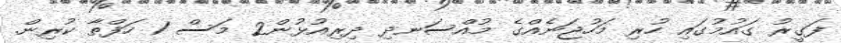
ފަގީރު ގައުމުގައި ހުރި މަހުޖަނެއްގެ މުއްސަނދި ދިރިއުޅުން2 މަސް 1 ހަފްތާ ކުރިން.